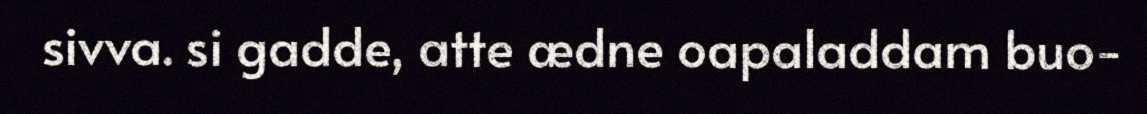
sivva. si gadde, atte ædne oapaladdam buo-